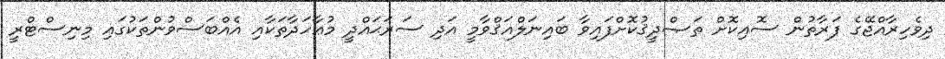
ދިވެހިރާއްޖޭގެ ފަރާތުން ސޮއިކޮށް ތަޞްދީޤުކޮށްފައިވާ ބައިނަލްއަޤްވާމީ އަދި ސަރަޙައްދީ މުޢާހަދާތަކާއި އެއްބަސްވުންތަކުގައި މިނިސްޓްރީ